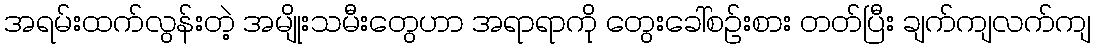
အရမ်းထက်လွန်းတဲ့ အမျိုးသမီးတွေဟာ အရာရာကို တွေးခေါ်စဉ်းစား တတ်ပြီး ချက်ကျလက်ကျ